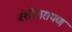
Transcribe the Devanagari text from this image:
बंशीनारायण